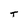
Character: T